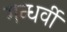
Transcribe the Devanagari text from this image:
गन्धर्वी